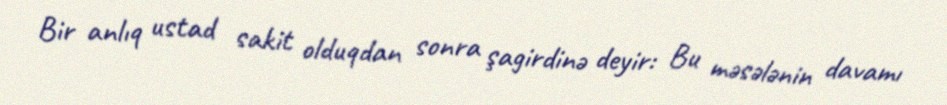
Bir anlıq ustad sakit olduqdan sonra şagirdinə deyir: Bu məsələnin davamı